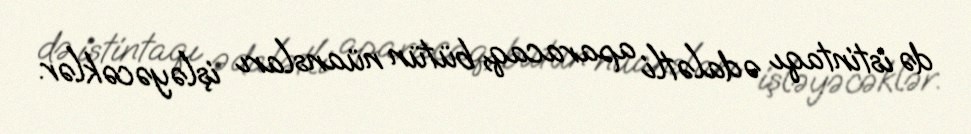
də istintaqı ədalətli aparacaq, bütün nüansları işləyəcəklər.